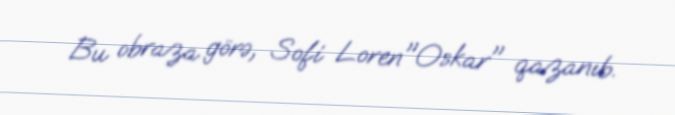
Bu obraza görə, Sofi Loren"Oskar" qazanıb.